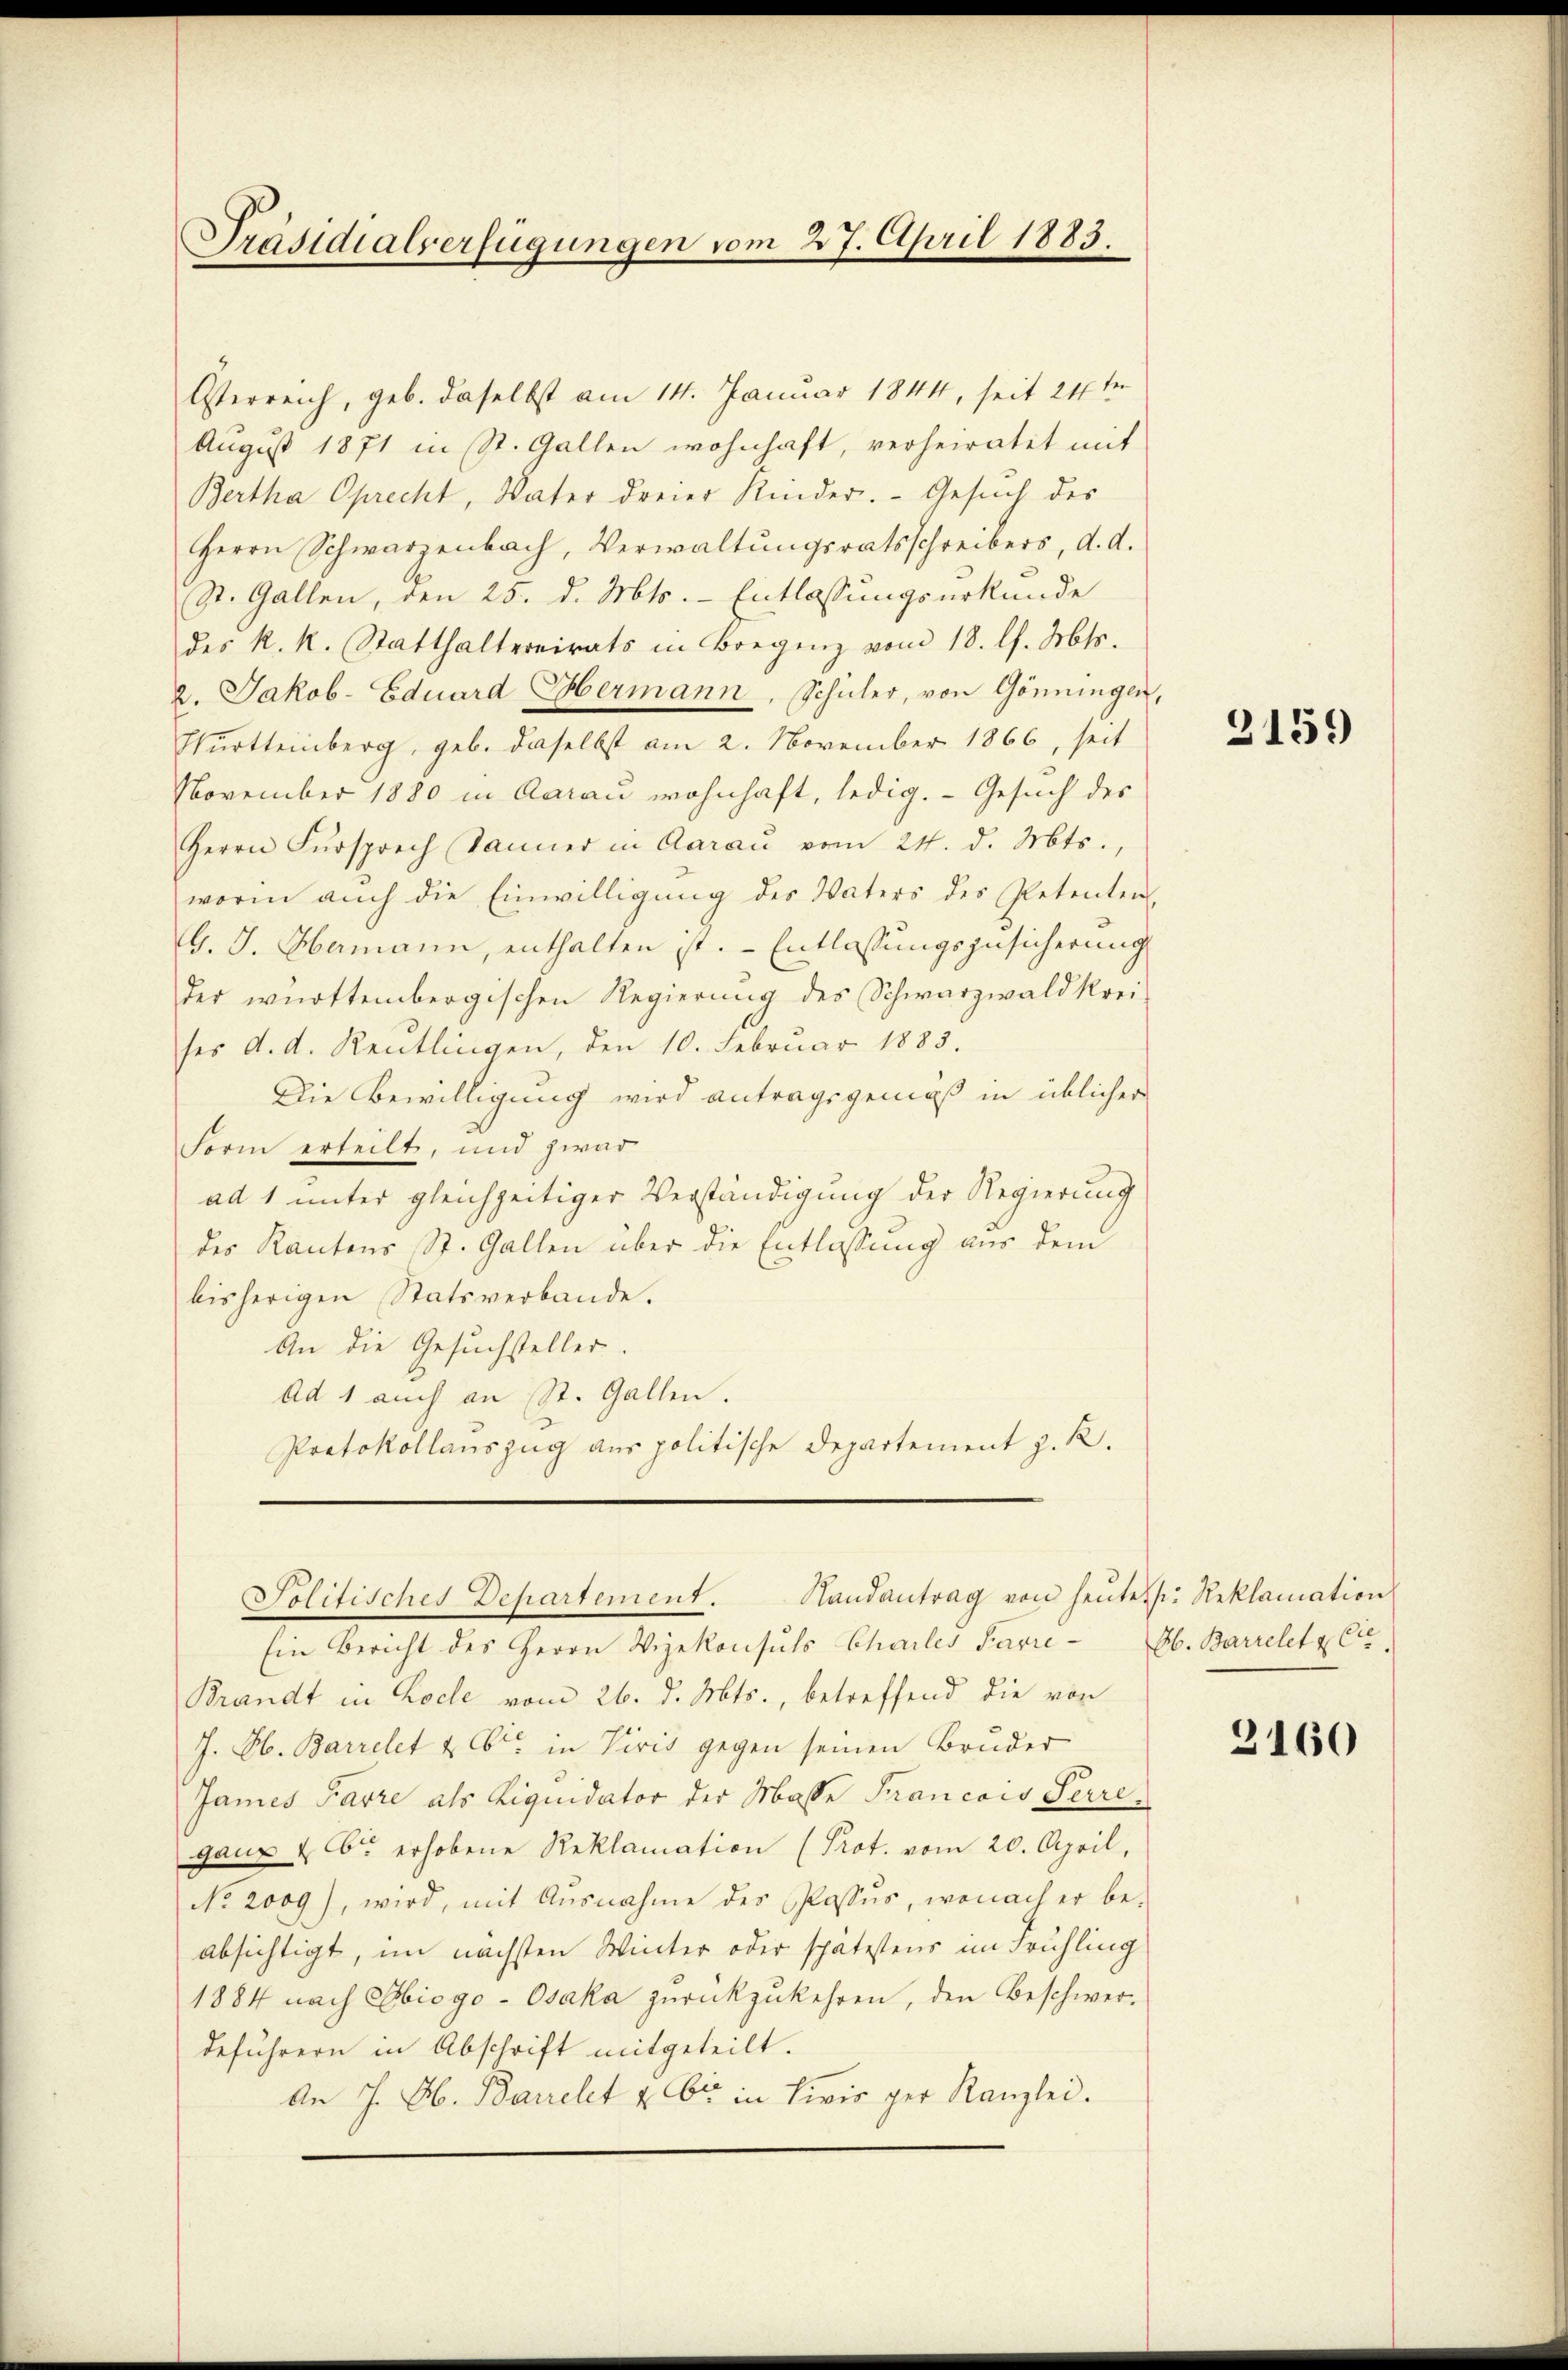
Präsidialverfügungen vom 27. April 1883.

Österreich, geb. daselbst am 14. Januar 1844, seit 24 te
August 1871 in St. Gallen wohnhaft, verheiratet mit
Bertha Oprecht, Vater dreier Kinder. Gesuch des
Herrn Schwarzenbach, Verwaltungsratsschreibers, d. d.
St. Gallen, den 25. d. Mts. - Entlassungsurkunde
des k. k. Statthaltereirats in Bregenz vom 18. l. Mts.
2. Jakob-Eduard Hermann, Schüler, von Gönningen,
Württeinberg, geb. daselbst am 2. November 1866, seit
November 1880 in Aarau wohnhaft, ledig. Gesuch des
Herrn Fürsprech Sänner in Aarau vom 24. d. Mts.,
worin aŭch die Einwilligŭng des Vaters des Petenten
G. J. Hermann, enthalten ist. Entlassungszusicherung
der württembergischen Regierŭng des Schwarzwald krei-
ses d. d. Reutlingen, den 10. Februar 1883.
Die Bewilligung wird antragsgemäß in üblicher
Form erteilt, und zwar
ad 1 unter gleichzeitiger Verständigung der Regierung
des Kantons St. Gallen über die Entlassung aus dem
bisherigen Statsverbande.
An die Gesuchsteller.
Ad 1 auch an St. Gallen.
Protokollauszug aus politische Departement z. R.
Solitisches Departement. Handantrag von heŭte J. Reklamation
Ein Bericht des Herrn Vizekonsuls Chailes Parre - Ab. Barrelet & Cie
Brandt in Koche vom 26. d. Mts., betreffend die von
J. Ob. Barrelet & Cie in Viris gegen seinen Bruder
James Parre als Liquidator der Masse Francois Secreganz & Cie erhobene Reklamation (Prot. vom 20. April,
No 2009), wird, mit Ausnahme des Passus, wonach er beabsichtigt, im nächsten Winter oder spätestens im Frühling
1884 nach Obiogo-Osaka zurückzukehren, den Beschwerdeführern in Abschrift mitgeteilt.
An 7. Ab. Barrelet u. Er in Livis per Kanzlei.

3159

2160